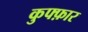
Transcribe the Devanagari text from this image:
कुफ्फ़ार